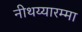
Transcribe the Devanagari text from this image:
नीथय्यारम्मा